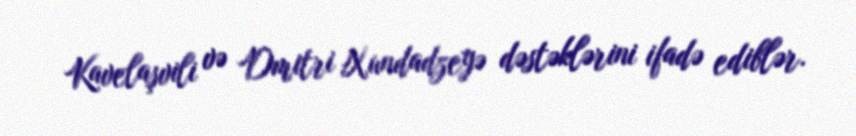
Kavelaşvili və Dmitri Xundadzeyə dəstəklərini ifadə ediblər.